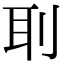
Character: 刵